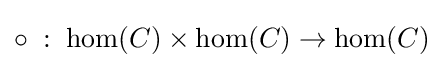
\circ \;:\;\hom(C)\times \hom(C)\to \hom(C)